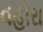
વહોરા